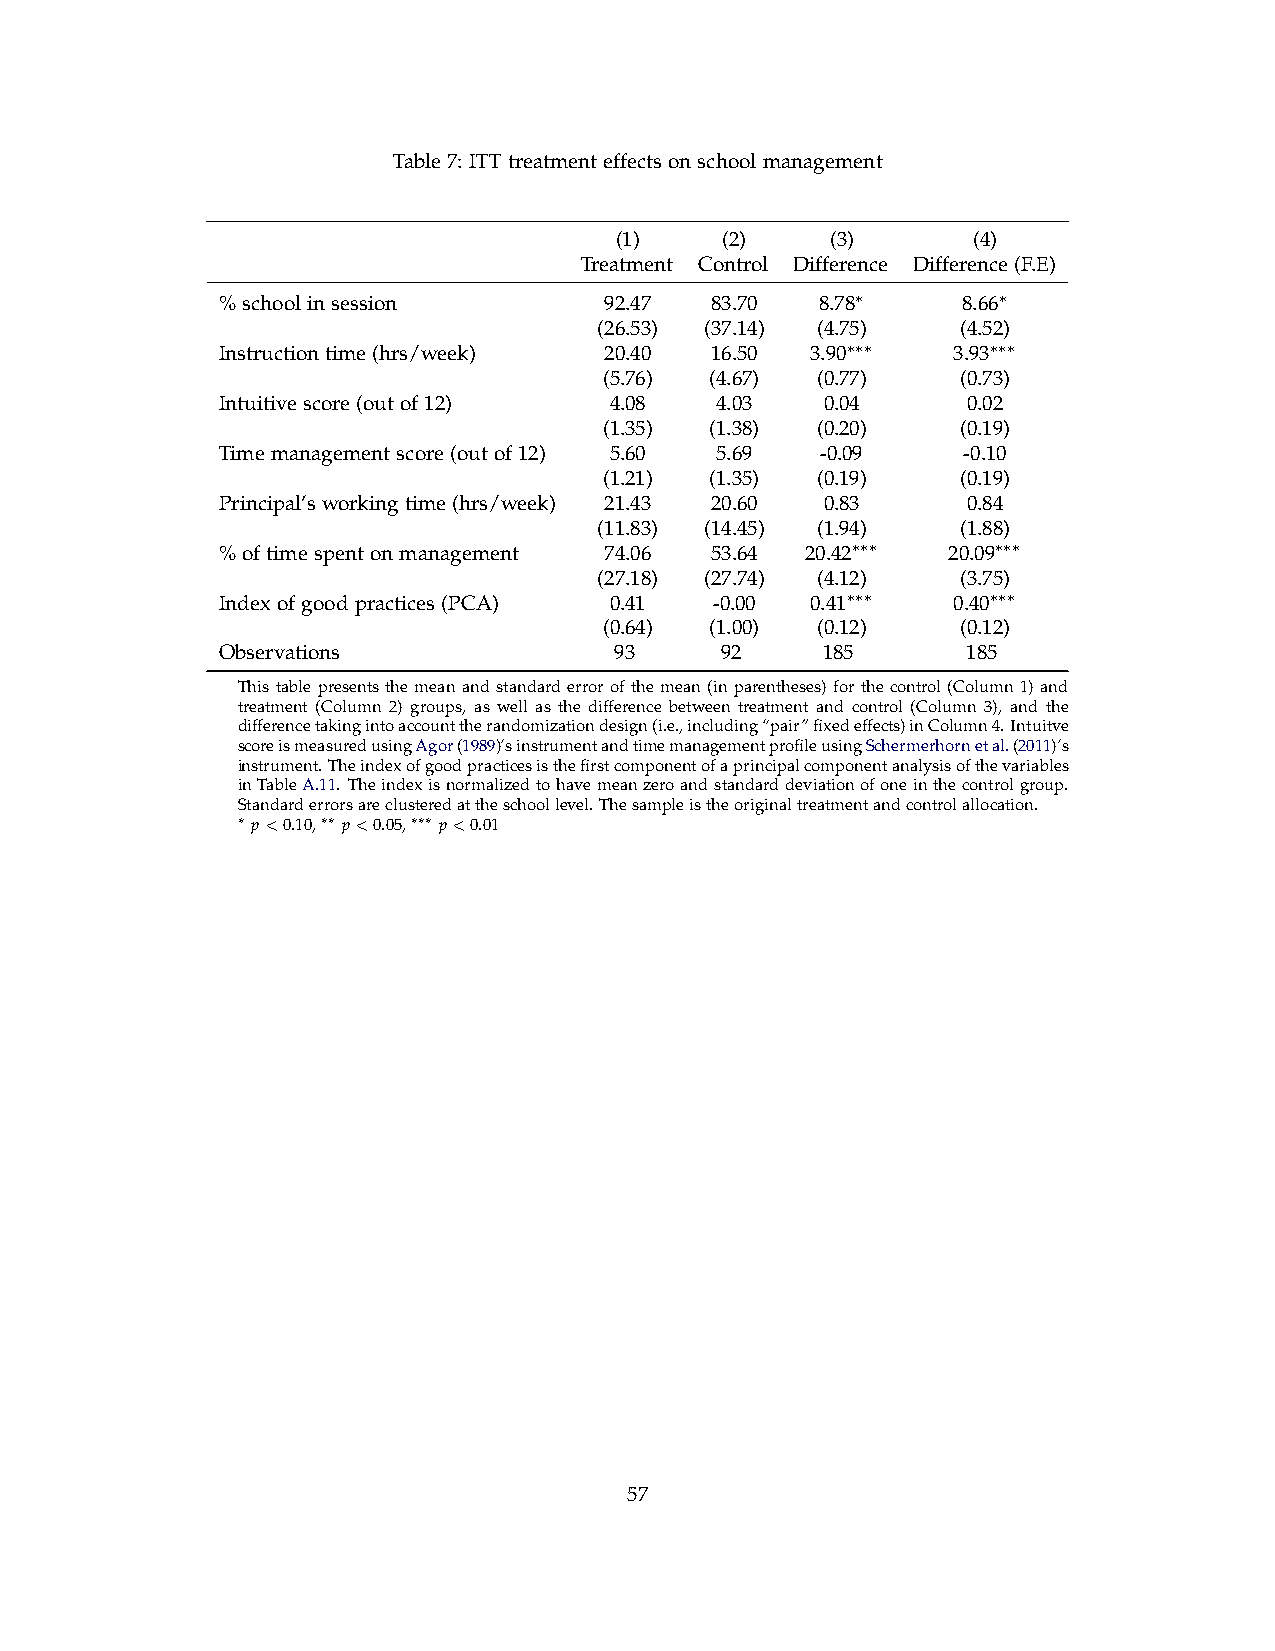
Table7: ITTtreatmenteffectsonschoolmanagement
 (1)    (2)    (3)      (4)
 Treatment Control Difference Difference(F.E)
 %schoolinsession          92.47  83.70  8.78∗     8.66∗
 (26.53) (37.14) (4.75)  (4.52)
 Instructiontime(hrs/week) 20.40  16.50  3.90∗∗∗  3.93∗∗∗
 (5.76) (4.67) (0.77)    (0.73)
 Intuitivescore(outof12)   4.08   4.03    0.04     0.02
 (1.35) (1.38) (0.20)    (0.19)
 Timemanagementscore(outof12) 5.60 5.69  -0.09     -0.10
 (1.21) (1.35) (0.19)    (0.19)
 Principal’sworkingtime(hrs/week) 21.43 20.60 0.83 0.84
 (11.83) (14.45) (1.94)  (1.88)
 %oftimespentonmanagement  74.06  53.64 20.42∗∗∗  20.09∗∗∗
 (27.18) (27.74) (4.12)  (3.75)
 Indexofgoodpractices(PCA) 0.41   -0.00  0.41∗∗∗  0.40∗∗∗
 (0.64) (1.00) (0.12)    (0.12)
 Observations               93     92    185       185
 This table presents the mean and standard error of the mean (in parentheses) for the control (Column 1) and
 treatment (Column 2) groups, as well as the difference between treatment and control (Column 3), and the
 differencetakingintoaccounttherandomizationdesign(i.e.,including“pair”fixedeffects)inColumn4.Intuitve
 scoreismeasuredusingAgor(1989)’sinstrumentandtimemanagementprofileusingSchermerhornetal.(2011)’s
 instrument.Theindexofgoodpracticesisthefirstcomponentofaprincipalcomponentanalysisofthevariables
 inTableA.11. Theindexisnormalizedtohavemeanzeroandstandarddeviationofoneinthecontrolgroup.
 Standarderrorsareclusteredattheschoollevel.Thesampleistheoriginaltreatmentandcontrolallocation.
 ∗ p<0.10,∗∗ p<0.05,∗∗∗ p<0.01
 57